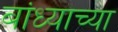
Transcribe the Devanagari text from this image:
बांध्याच्या